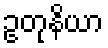
ဥတုနိယာ